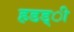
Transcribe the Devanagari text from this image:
हडड्ी